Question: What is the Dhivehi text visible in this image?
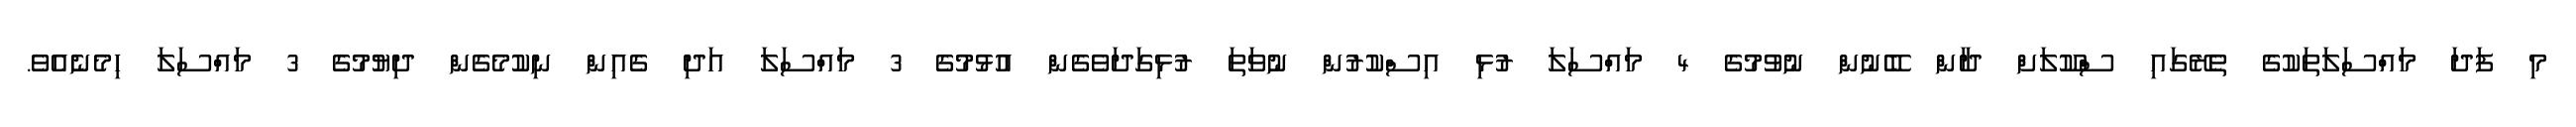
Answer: މި ފަދަ މައްސަލަތަކުގެ ތެރޭގައި ސްކޫލަށް ދާން ބޭނުން ނުވުމުގެ 4 މައްސަލަ ރުޅި އިސްކުރުން ނުވަތަ ރުޅިގަދަވެގެން އުޅުމުގެ 3 މައްސަލަ އަދި ގެއިން ނިކުމެގެން ދިޔުމުގެ 3 މައްސަލަ ހިމެނެއެވެ.